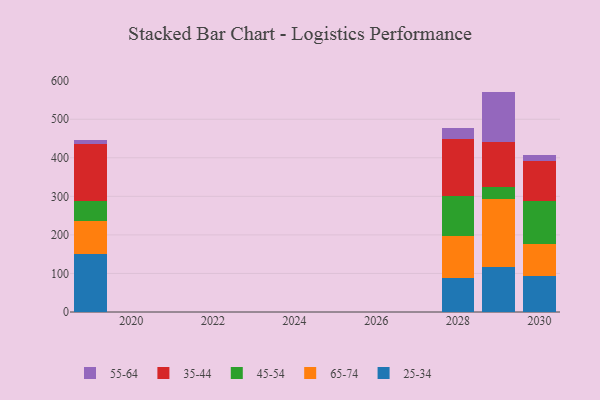
{"axis": {"x": "Year", "y": "Demand Index"}, "legend": ["25-34", "35-44", "45-54", "55-64", "65-74"], "data": [{"x": "2029", "y": 115.5, "type": "25-34"}, {"x": "2029", "y": 177.2, "type": "65-74"}, {"x": "2029", "y": 31.1, "type": "45-54"}, {"x": "2029", "y": 117.4, "type": "35-44"}, {"x": "2029", "y": 130.5, "type": "55-64"}, {"x": "2028", "y": 89.1, "type": "25-34"}, {"x": "2028", "y": 106.9, "type": "65-74"}, {"x": "2028", "y": 105.8, "type": "45-54"}, {"x": "2028", "y": 147.9, "type": "35-44"}, {"x": "2028", "y": 27.7, "type": "55-64"}, {"x": "2019", "y": 150.6, "type": "25-34"}, {"x": "2019", "y": 84.8, "type": "65-74"}, {"x": "2019", "y": 51.9, "type": "45-54"}, {"x": "2019", "y": 149.6, "type": "35-44"}, {"x": "2019", "y": 8.9, "type": "55-64"}, {"x": "2030", "y": 94.1, "type": "25-34"}, {"x": "2030", "y": 81.2, "type": "65-74"}, {"x": "2030", "y": 111.4, "type": "45-54"}, {"x": "2030", "y": 106.1, "type": "35-44"}, {"x": "2030", "y": 14.7, "type": "55-64"}]}